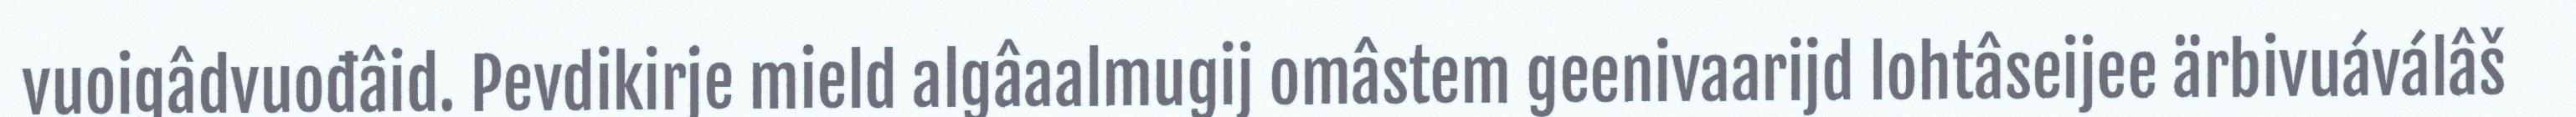
vuoigâdvuođâid. Pevdikirje mield algâaalmugij omâstem geenivaarijd lohtâseijee ärbivuáválâš